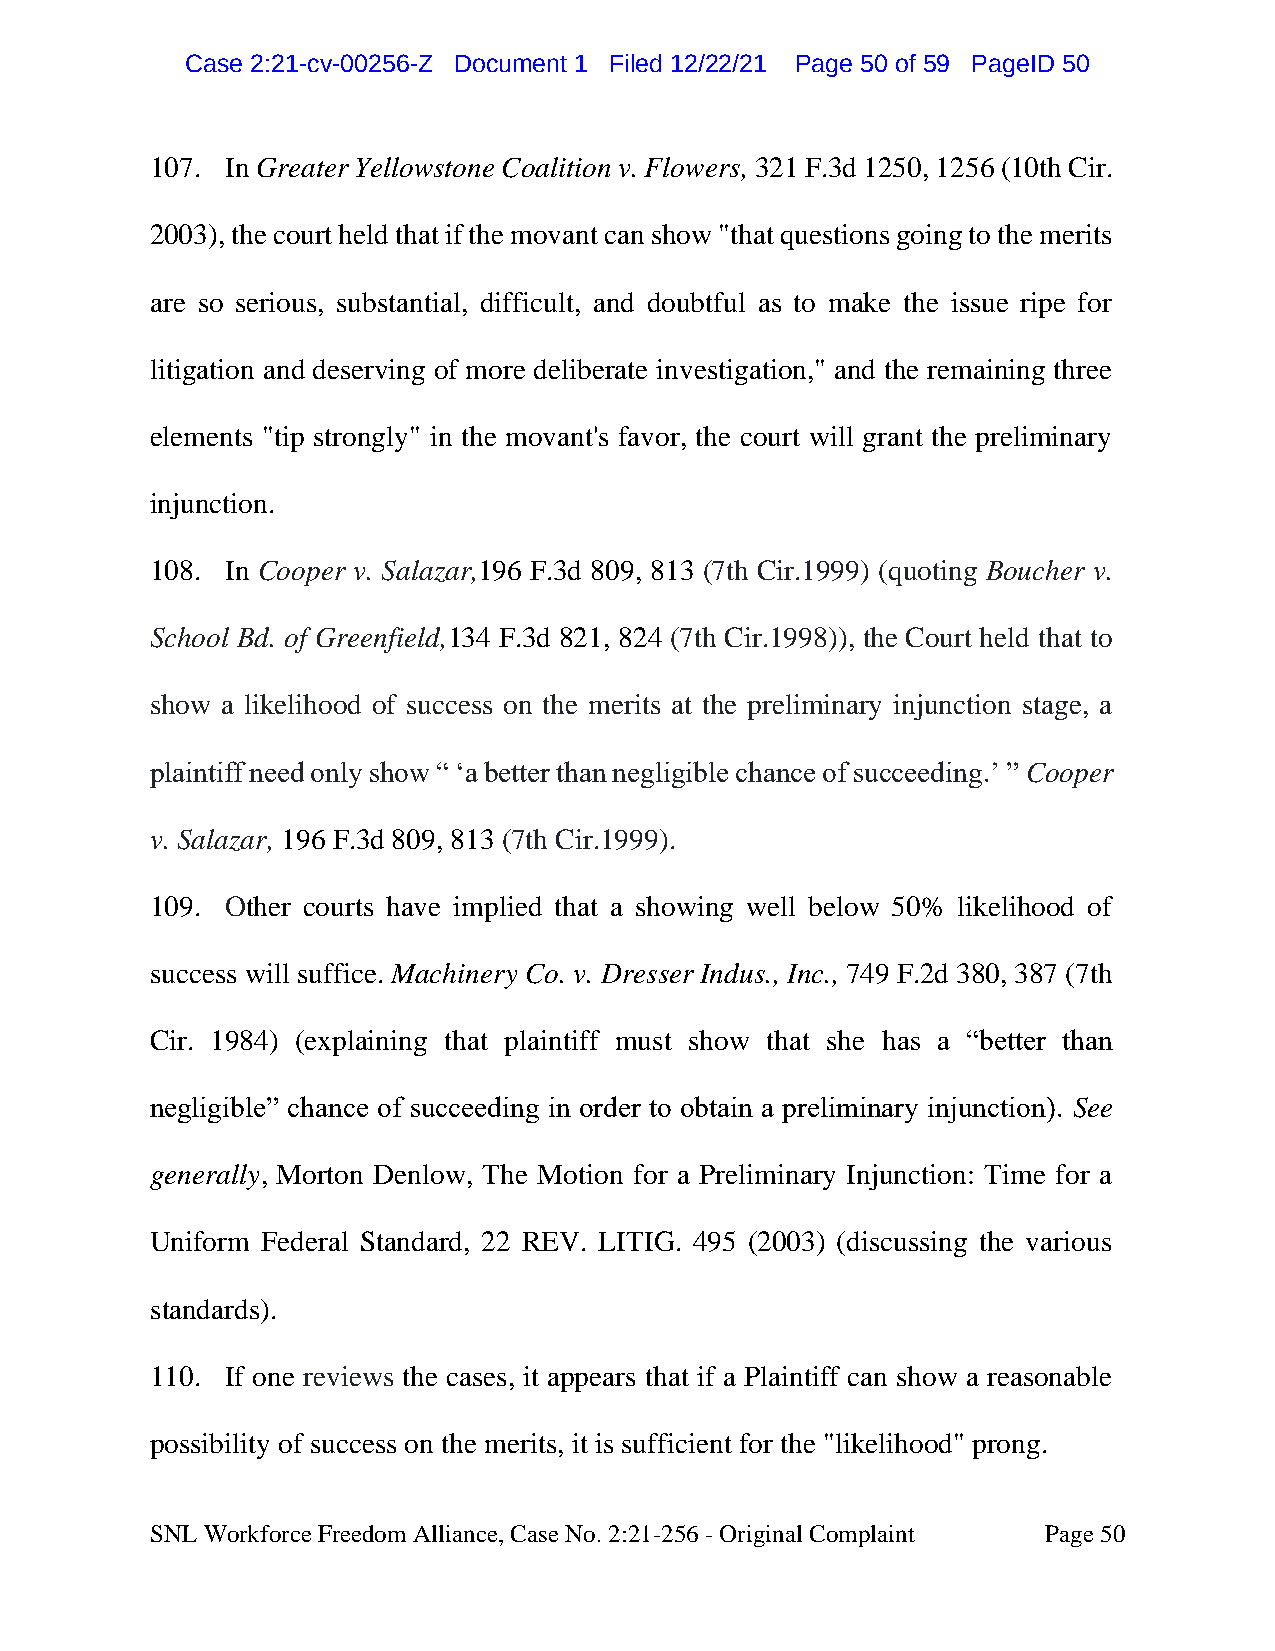
CCaassee 22::2211--ccvv--0000225566--ZZ DDooccuummeenntt 11 FFiilleedd 1122//2222//2211 PPaaggee 5500 ooff 5599 PPaaggeeIIDD 5500
 107. In Greater Yellowstone Coalition v. Flowers, 321 F.3d 1250, 1256 (10th Cir.
 2003), the court held that if the movant can show "that questions going to the merits
 are so serious, substantial, difficult, and doubtful as to make the issue ripe for
 litigation and deserving of more deliberate investigation," and the remaining three
 elements "tip strongly" in the movant's favor, the court will grant the preliminary
 injunction.
 108. In Cooper v. Salazar,196 F.3d 809, 813 (7th Cir.1999) (quoting Boucher v.
 School Bd. of Greenfield,134 F.3d 821, 824 (7th Cir.1998)), the Court held that to
 show a likelihood of success on the merits at the preliminary injunction stage, a
 plaintiff need only show “ ‘a better than negligible chance of succeeding.’ ” Cooper
 v. Salazar, 196 F.3d 809, 813 (7th Cir.1999).
 109. Other courts have implied that a showing well below 50% likelihood of
 success will suffice. Machinery Co. v. Dresser Indus., Inc., 749 F.2d 380, 387 (7th
 Cir. 1984) (explaining that plaintiff must show that she has a “better than
 negligible” chance of succeeding in order to obtain a preliminary injunction). See
 generally, Morton Denlow, The Motion for a Preliminary Injunction: Time for a
 Uniform Federal Standard, 22 REV. LITIG. 495 (2003) (discussing the various
 standards).
 110. If one reviews the cases, it appears that if a Plaintiff can show a reasonable
 possibility of success on the merits, it is sufficient for the "likelihood" prong.
 SNL Workforce Freedom Alliance, Case No. 2:21-256 - Original Complaint Page 50